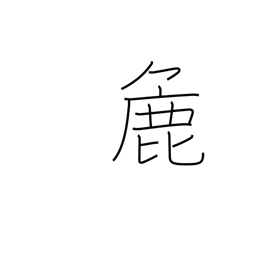
Meaning: crude